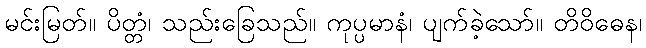
မင်းမြတ်။ ပိတ္တံ၊ သည်းခြေသည်။ ကုပ္ပမာနံ၊ ပျက်ခဲ့သော်။ တိဝိဓေန၊